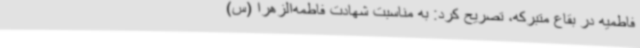
فاطمیه در بقاع متبرکه، تصریح کرد: به مناسبت شهادت فاطمه‌الزهرا (س)